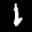
Label: 1